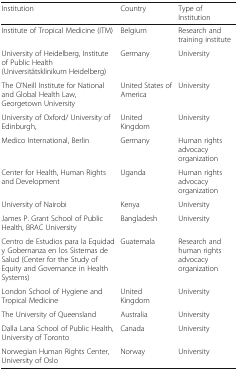
| Institution | Country | Type of Institution |
 | --- | --- | --- |
 | Institute of Tropical Medicine (ITM) | Belgium | Research and training institute |
 | University of Heidelberg, Institute of Public Health (Universitätsklinikum Heidelberg) | Germany | University |
 | The O’Neill Institute for National and Global Health Law, Georgetown University | United States of America | University |
 | University of Oxford/ University of Edinburgh, | United Kingdom | University |
 | Medico International, Berlin | Germany | Human rights advocacy organization |
 | Center for Health, Human Rights and Development | Uganda | Human rights advocacy organization |
 | University of Nairobi | Kenya | University |
 | James P. Grant School of Public Health, BRAC University | Bangladesh | University |
 | Centro de Estudios para la Equidad y Gobernanza en los Sistemas de Salud (Center for the Study of Equity and Governance in Health Systems) | Guatemala | Research and human rights advocacy organization |
 | London School of Hygiene and Tropical Medicine | United Kingdom | University |
 | The University of Queensland | Australia | University |
 | Dalla Lana School of Public Health, University of Toronto | Canada | University |
 | Norwegian Human Rights Center, University of Oslo | Norway | University |